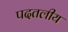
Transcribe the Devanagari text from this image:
पदतलीय